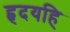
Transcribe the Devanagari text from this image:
हृदयहि